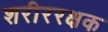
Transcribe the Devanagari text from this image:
शरीररक्षक